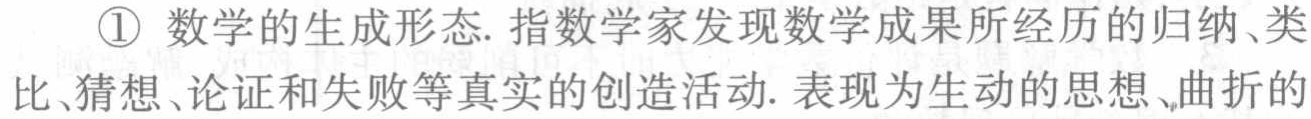
\textcircled{1} 数学的生成形态. 指数学家发现数学成果所经历的归纳、类比、猜想、论证和失败等真实的创造活动. 表现为生动的思想、曲折的